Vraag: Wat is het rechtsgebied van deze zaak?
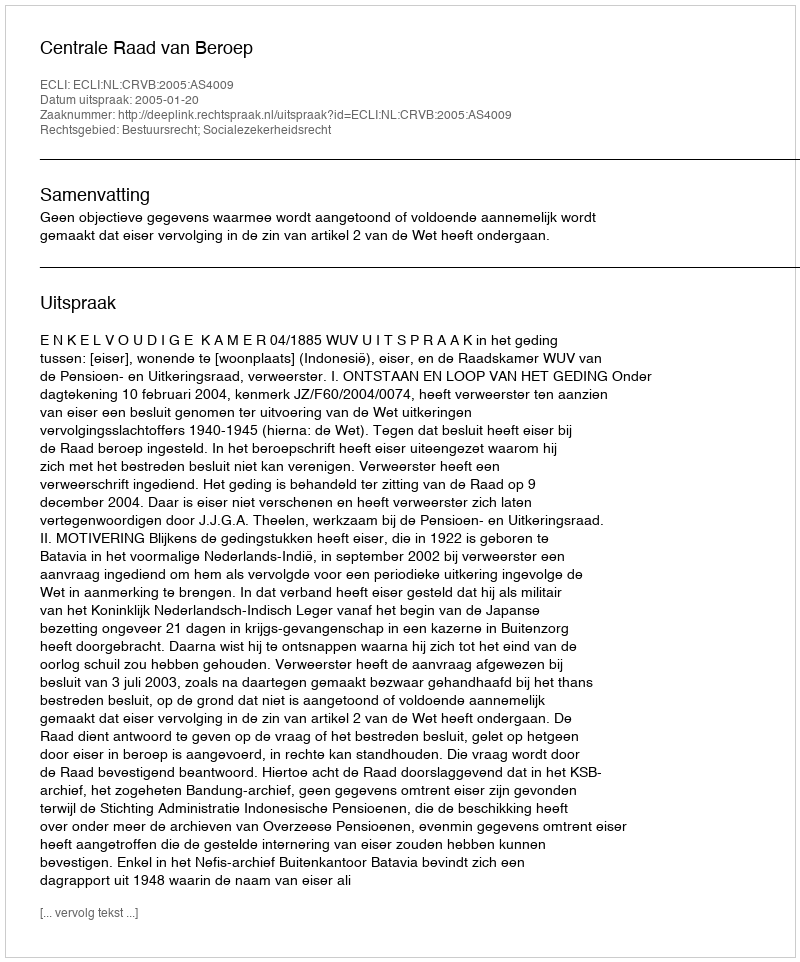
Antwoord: Bestuursrecht; Socialezekerheidsrecht